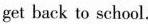
get back to school.